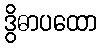
ဒွိဓာပထော